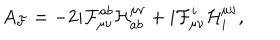
A _ { \cal { F } } = - 2 i { \cal { F } } _ { \mu \nu } ^ { a b } { \cal { H } } _ { a b } ^ { \mu \nu } + i { \cal { F } } _ { \mu \nu } ^ { i } { \cal { H } } _ { i } ^ { \mu \nu } ,